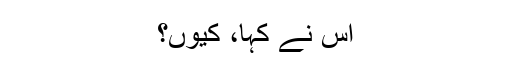
اُس نے کہا، کیوں؟